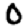
Digit: 0